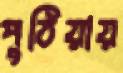
পুঠিয়ায়